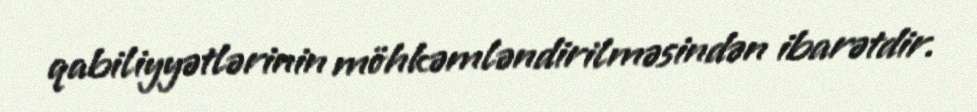
qabiliyyətlərinin möhkəmləndirilməsindən ibarətdir.